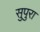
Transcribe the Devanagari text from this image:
सुपुरा